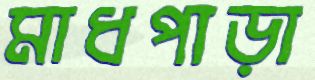
মাধপাড়া